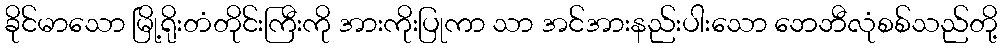
ခိုင်မာသော မြို့ရိုးတံတိုင်းကြီးကို အားကိုးပြုကာ သာ အင်အားနည်းပါးသော ဘေဘီလုံစစ်သည်တို့